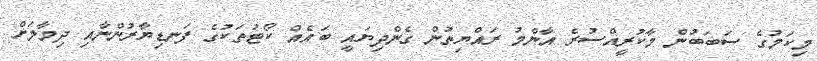
މިކަމުގެ ސަބަބުން މާކުރީއްސުރެ އާންމު ރައްޔިތުން ގެންދިޔައީ ބައެއް ކޯޓުތަކުގެ ފަނޑިޔާރުންނާއި ދިމާލަށް